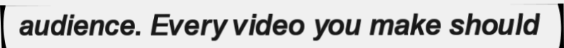
audience. Every video you make should